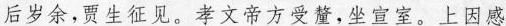
后岁余,贾生征见。孝文帝方受釐,坐宣室。上因感